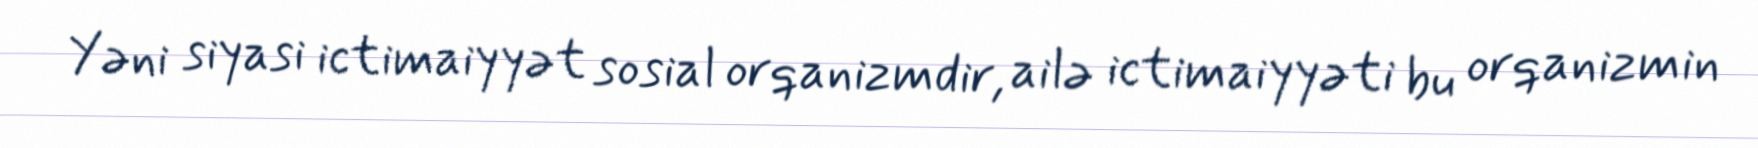
Yəni siyasi ictimaiyyət sosial orqanizmdir, ailə ictimaiyyəti bu orqanizmin